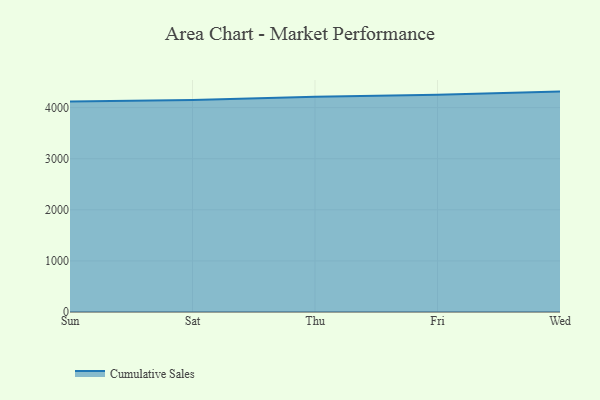
{"axis": {"x": "Day", "y": "Humidity (%)"}, "legend": ["Cumulative Sales"], "data": [{"x": "Sun", "y": 4121.5, "type": "Cumulative Sales"}, {"x": "Sat", "y": 4148.5, "type": "Cumulative Sales"}, {"x": "Thu", "y": 4211.8, "type": "Cumulative Sales"}, {"x": "Fri", "y": 4252.5, "type": "Cumulative Sales"}, {"x": "Wed", "y": 4313.7, "type": "Cumulative Sales"}]}